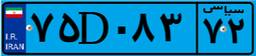
۷۵D۰۸۳۷۲